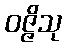
ဝဇ္ဇိသု